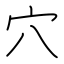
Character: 穴